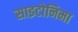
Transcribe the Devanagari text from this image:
साइटोनिमा